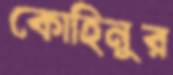
কোহিনুর